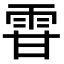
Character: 雸